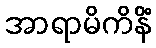
အာရာမိကိနိံ